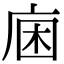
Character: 𢈛